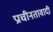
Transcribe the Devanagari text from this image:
प्राचीनतावादी